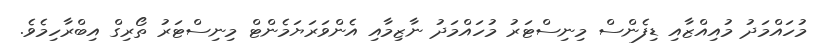
މުހައްމަދު މުއިއްޒާއި ޑިފެންސް މިނިސްޓަރު މުހައްމަދު ނާޒިމާއި އެންވަރަޔަމެންޓް މިނިސްޓަރު ތޯރިގް އިބްރާހިމެވެ.